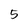
Character: 5